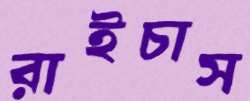
রাইচাস